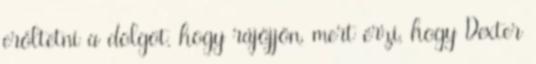
erőltetni a dolgot, hogy rájöjjön, mert érzi, hogy Dexter